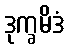
ဒုက္ခမိဒံ